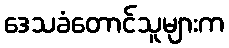
ဒေသခံတောင်သူများက